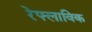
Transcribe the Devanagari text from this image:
रेफ्लाविक